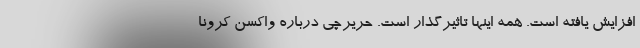
افزایش یافته است. همه اینها تاثیرگذار است. حریرچی درباره واکسن کرونا